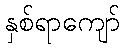
နှစ်ရာကျော်